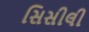
સિસીલી